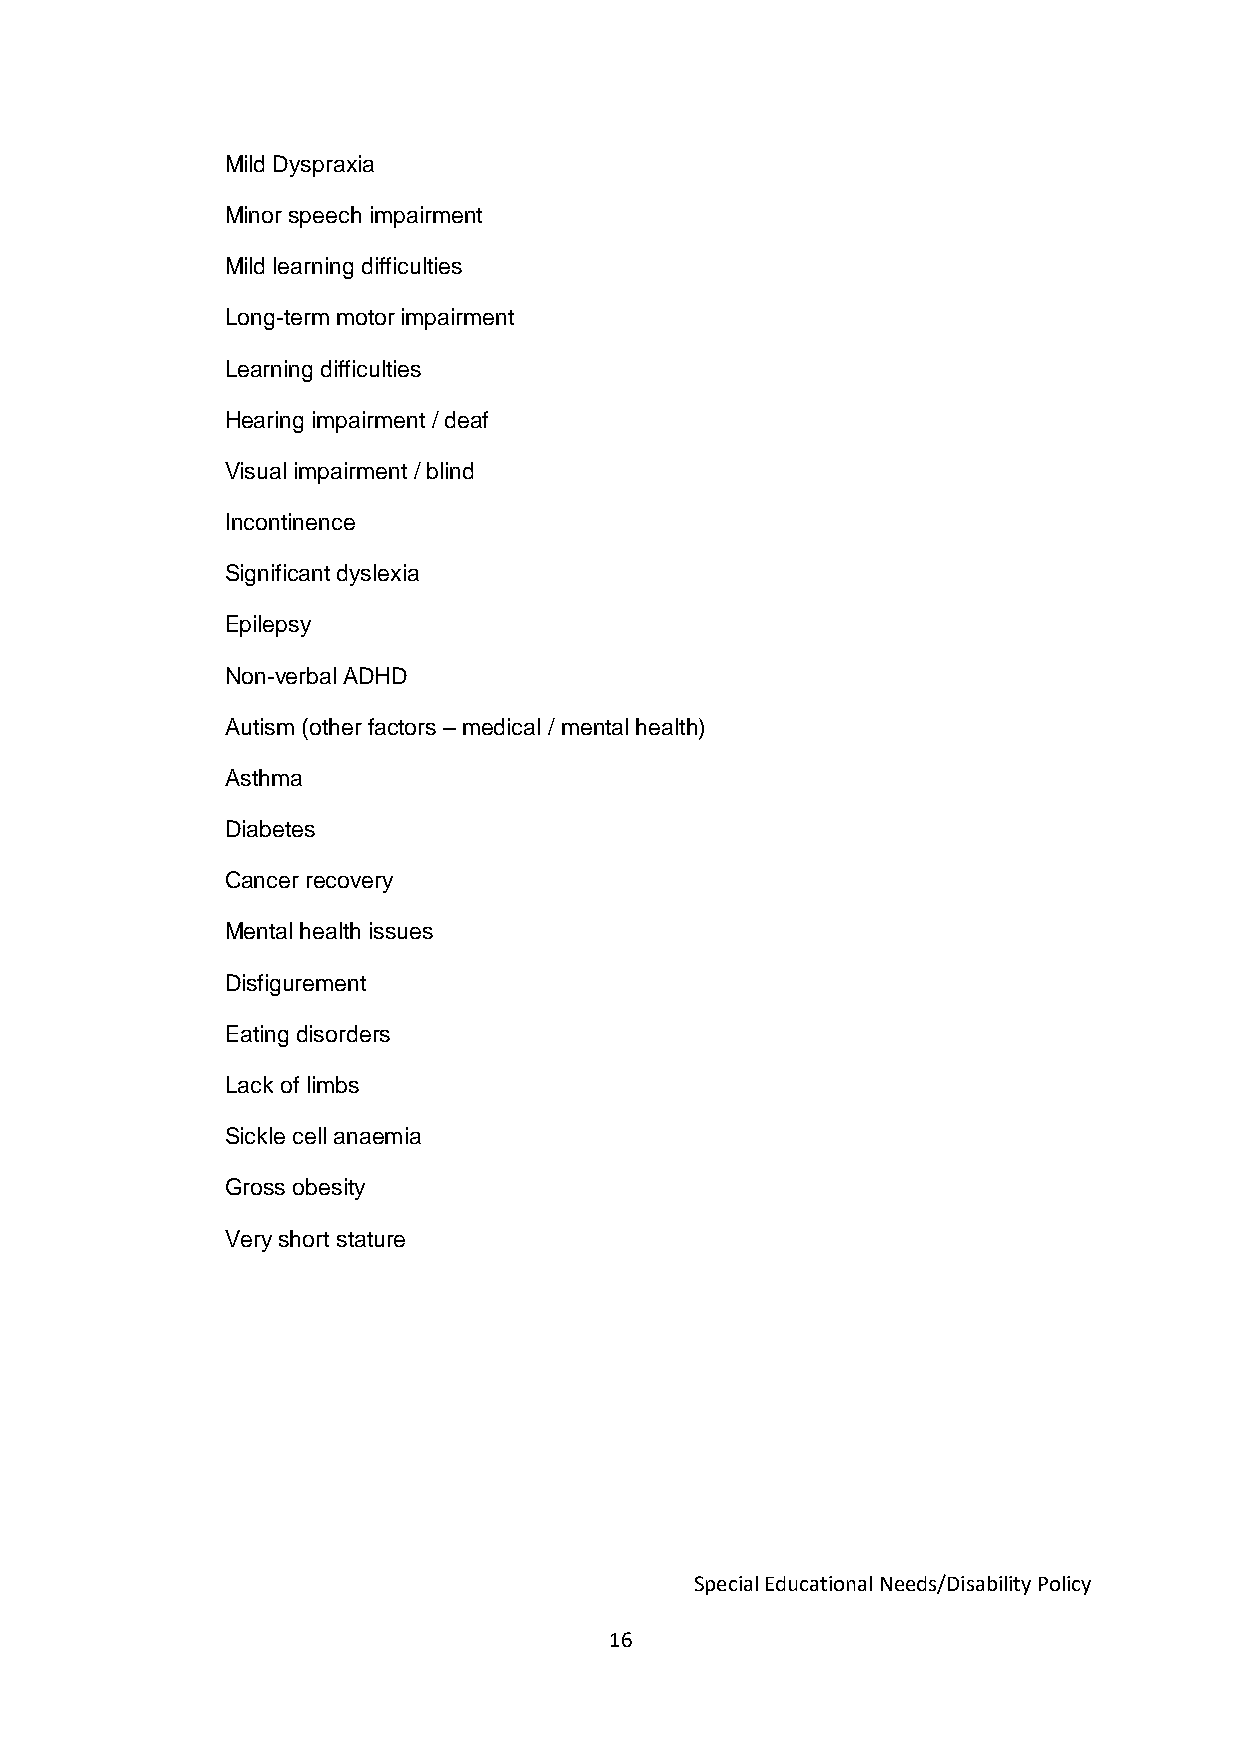
Mild Dyspraxia
 Minor speech impairment
 Mild learning difficulties
 Long-term motor impairment
 Learning difficulties
 Hearing impairment / deaf
 Visual impairment / blind
 Incontinence
 Significant dyslexia
 Epilepsy
 Non-verbal ADHD
 Autism (other factors – medical / mental health)
 Asthma
 Diabetes
 Cancer recovery
 Mental health issues
 Disfigurement
 Eating disorders
 Lack of limbs
 Sickle cell anaemia
 Gross obesity
 Very short stature
 Special Educational Needs/Disability Policy
 16